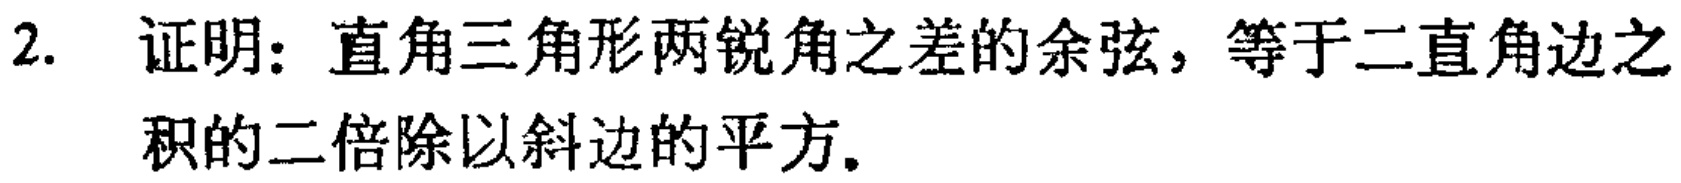
2. 证明：直角三角形两锐角之差的余弦，等于二直角边之积的二倍除以斜边的平方.